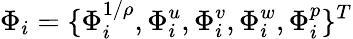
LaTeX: \Phi_{i}=\{ \Phi_{i}^{1/\rho},\Phi_{i}^{u},\Phi_{i}^{v},\Phi_{i}^{w},\Phi_{i}^{p}\} ^{T}